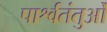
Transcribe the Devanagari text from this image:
पार्श्वतंतुओं